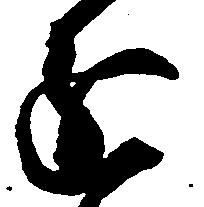
進